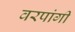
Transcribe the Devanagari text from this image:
वरपांगी